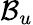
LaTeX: \mathcal{B}_{u}